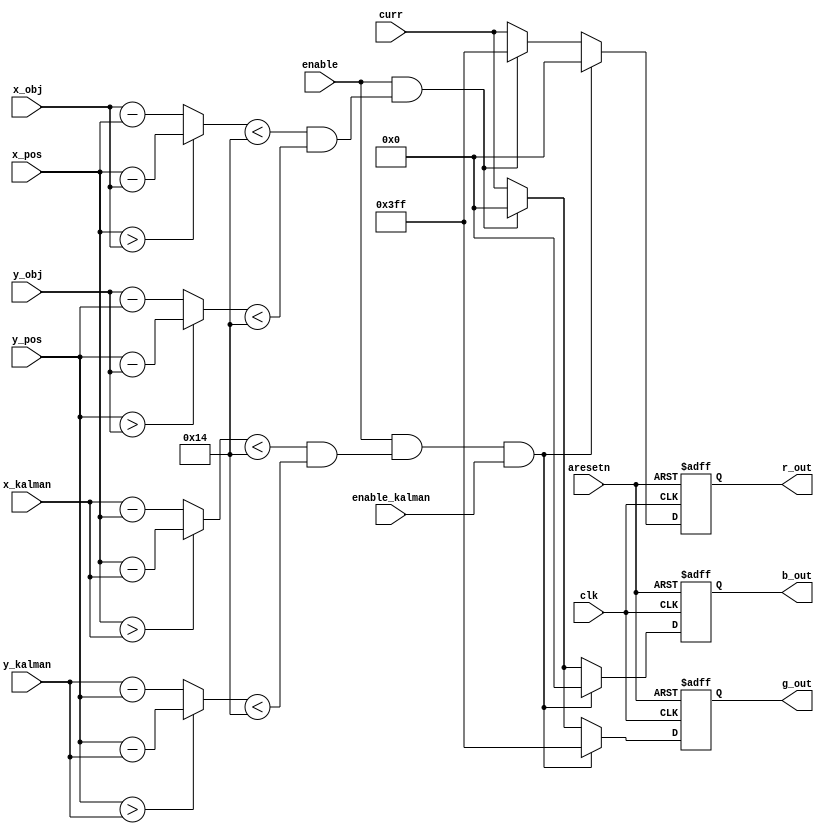
//////////////////////////////////////////////////////////////////////////////////////////////
// About:  Colors a point on the display red if it is near the object.
//////////////////////////////////////////////////////////////////////////////////////////////

module color_position # (
	parameter THRESHOLD   = 20,
	parameter COLOR_WIDTH = 10,
	parameter DISP_WIDTH  = 11
)(
	// Control
	input wire clk, 
	input wire aresetn,
	input wire enable,
	input wire enable_kalman,

	// Regular Video Data
	input wire [(COLOR_WIDTH-1):0] curr,

	// VGA Position
	input wire [(DISP_WIDTH-1):0] x_pos,
	input wire [(DISP_WIDTH-1):0] y_pos,

	// Center of Object
	input wire [(DISP_WIDTH-1):0] x_obj,
	input wire [(DISP_WIDTH-1):0] y_obj,
	input wire [(DISP_WIDTH-1):0] x_kalman,
	input wire [(DISP_WIDTH-1):0] y_kalman,

	// Output Data
	output wire [(COLOR_WIDTH-1):0] r_out,
	output wire [(COLOR_WIDTH-1):0] g_out,
	output wire [(COLOR_WIDTH-1):0] b_out
);

// Internal Signals
wire 					vga_is_object;
wire [(DISP_WIDTH-1):0] x_diff;
wire [(DISP_WIDTH-1):0] y_diff;

wire 					vga_is_kalman;
wire [(DISP_WIDTH-1):0] x_diff2;
wire [(DISP_WIDTH-1):0] y_diff2;

reg [(COLOR_WIDTH-1):0] int_r_out;
reg [(COLOR_WIDTH-1):0] int_g_out;
reg [(COLOR_WIDTH-1):0] int_b_out;

assign r_out = int_r_out;
assign g_out = int_g_out;
assign b_out = int_b_out;

// Logic
assign x_diff		 = (x_pos > x_obj) ? x_pos - x_obj : x_obj - x_pos;
assign y_diff		 = (y_pos > y_obj) ? y_pos - y_obj : y_obj - y_pos;
assign vga_is_object = (x_diff < THRESHOLD) & (y_diff < THRESHOLD);

assign x_diff2		 = (x_pos > x_kalman) ? x_pos - x_kalman : x_kalman - x_pos;
assign y_diff2		 = (y_pos > y_kalman) ? y_pos - y_kalman : y_kalman - y_pos;
assign vga_is_kalman = (x_diff2 < THRESHOLD) & (y_diff2 < THRESHOLD);

// Drive RGB to red if the above point is near the object
always @(posedge clk or negedge aresetn) begin
	if (~aresetn)
		begin
			int_r_out <= 'd0;
			int_g_out <= 'd0;
			int_b_out <= 'd0;			
		end
	else if (enable & vga_is_kalman & enable_kalman)
		begin
			int_r_out <= {COLOR_WIDTH {1'b0}};
			int_g_out <= {COLOR_WIDTH {1'b1}};
			int_b_out <= {COLOR_WIDTH {1'b0}};
		end
	else if (enable & vga_is_object)
		begin
			int_r_out <= {COLOR_WIDTH {1'b1}};
			int_g_out <= {COLOR_WIDTH {1'b0}};
			int_b_out <= {COLOR_WIDTH {1'b0}};
		end

	else
		begin
			int_r_out <= curr;
			int_g_out <= curr;
			int_b_out <= curr;
		end
end

endmodule